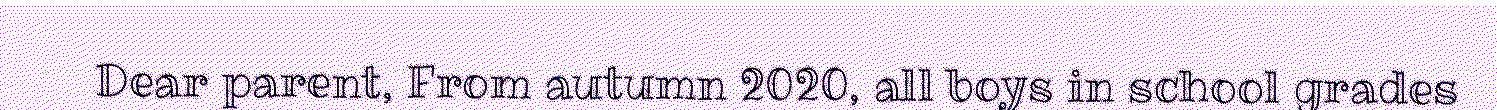
Dear parent, From autumn 2020, all boys in school grades